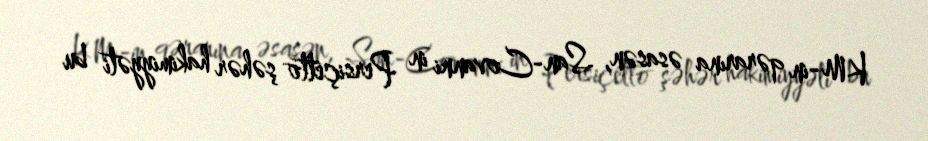
KM-in qərarına əsasən, San-Covanni in Persiçetto şəhər hakimiyyəti bu